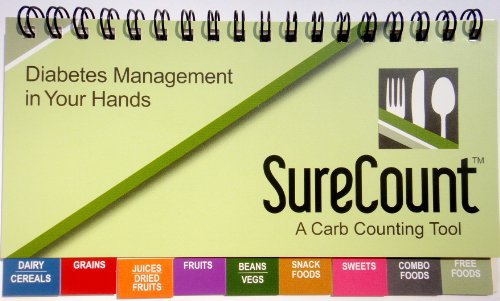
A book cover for SureCount, Diabetes Management in Your Hands, A Carb Counter and Meal Planner; Melanie Weiss; Medical Books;